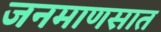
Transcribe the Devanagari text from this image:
जनमाणसात